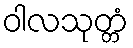
ဝါလသုတ္တံ